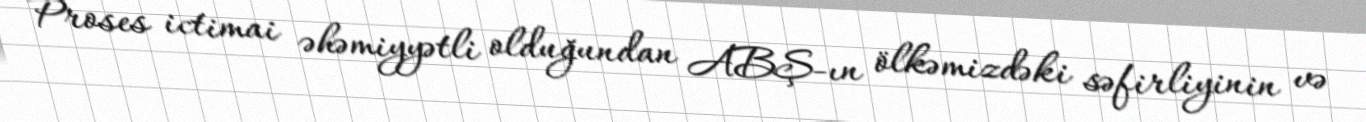
Proses ictimai əhəmiyyətli olduğundan ABŞ-ın ölkəmizdəki səfirliyinin və